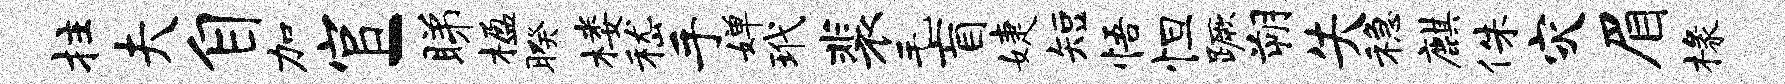
拄夫自加官-睇楹暌楼嵇手婵玳裴毛盲婕短悟怛蹶朔失稳麒侏灾眉椽